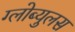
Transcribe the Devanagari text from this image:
ग्लोब्युलस